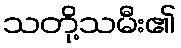
သတို့သမီး၏